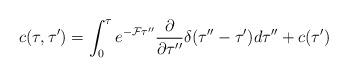
LaTeX: \begin{align*}c(\tau,\tau^{\prime})=\int_{0}^{\tau}e^{-{\cal F} \tau^{\prime\prime}} \frac{\partial}{\partial\tau^{\prime\prime}} \delta(\tau^{\prime\prime} -\tau^{\prime})d\tau^{\prime\prime}+c(\tau^{\prime})\end{align*}